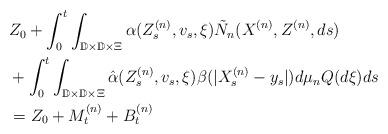
LaTeX: \begin{align*}&Z_0 + \int_0^t \int_{\mathbb{D}\times \mathbb{D}\times \Xi} \alpha(Z_s^{(n)}, v_s, \xi) {\tilde {N}}_{n}(X^{(n)}, Z^{(n)}, ds)\\&+ \int_0^t \int_{\mathbb{D}\times \mathbb{D} \times \Xi} \hat{\alpha}(Z_s^{(n)}, v_s, \xi) \beta (|X_s^{(n)} - y_s|) d\mu_{n} Q(d\xi) ds \\&=Z_0+ M_t^{(n)}+ B_t^{(n)} \end{align*}